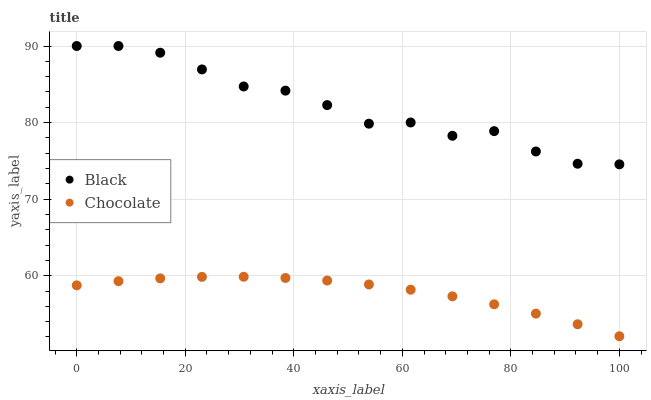
| xaxis_label | Black | Chocolate |
 | --- | --- | --- |
 | 0 | 90 | 58.7 |
 | 7.69 | 90 | 59.3 |
 | 15.4 | 89.1 | 59.7 |
 | 23.1 | 86.9 | 59.8 |
 | 30.8 | 84.7 | 59.9 |
 | 38.5 | 84.2 | 59.7 |
 | 46.2 | 82.3 | 59.4 |
 | 53.8 | 79.9 | 58.9 |
 | 61.5 | 80 | 58.2 |
 | 69.2 | 78.3 | 57.3 |
 | 76.9 | 78.9 | 56.3 |
 | 84.6 | 76.2 | 55.1 |
 | 92.3 | 74.6 | 53.7 |
 | 100 | 74.5 | 52.1 |